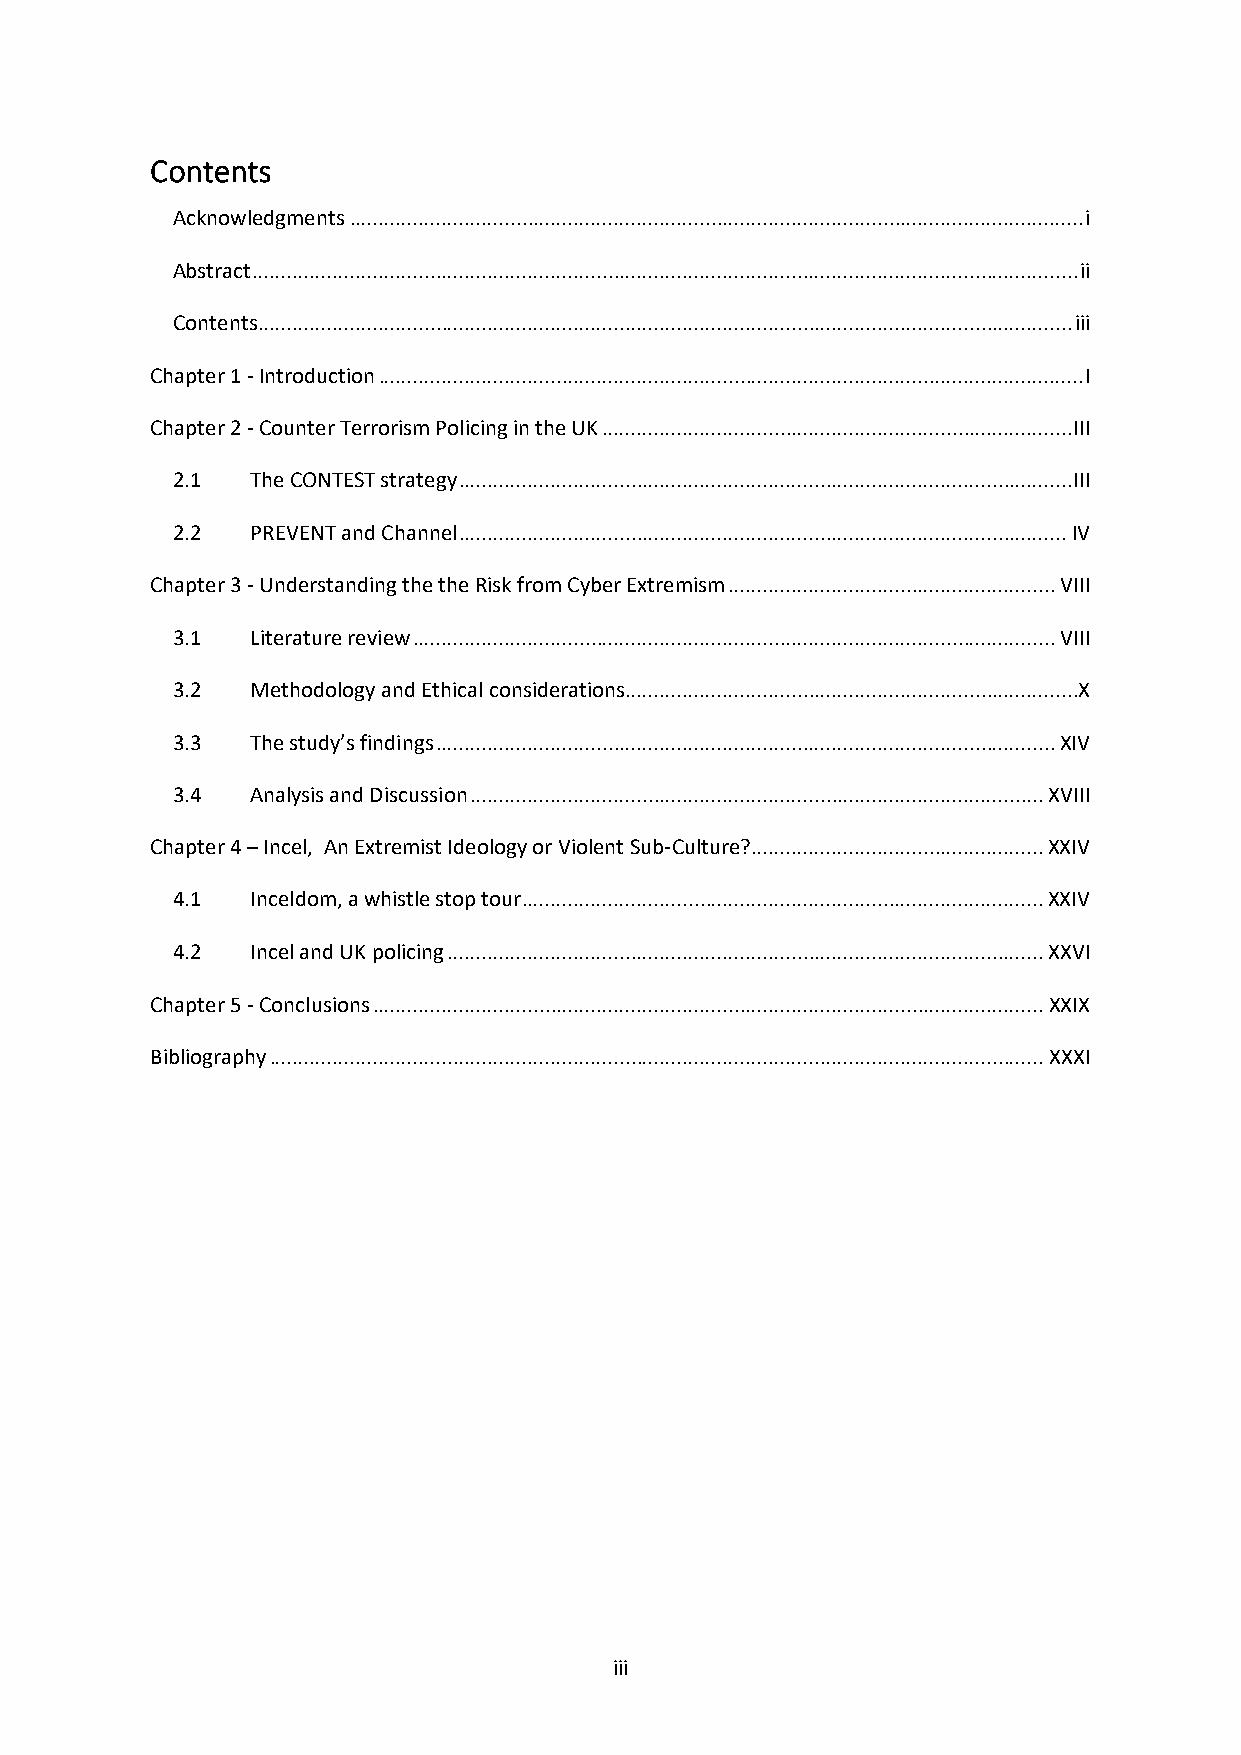
Contents
 Acknowledgments ................................................................................................................................ i
 Abstract ................................................................................................................................................ ii
 Contents .............................................................................................................................................. iii
 Chapter 1 - Introduction ........................................................................................................................... I
 Chapter 2 - Counter Terrorism Policing in the UK .................................................................................. III
 2.1   The CONTEST strategy ........................................................................................................... III
 2.2   PREVENT and Channel .......................................................................................................... IV
 Chapter 3 - Understanding the the Risk from Cyber Extremism ......................................................... VIII
 3.1   Literature review ................................................................................................................ VIII
 3.2   Methodology and Ethical considerations...............................................................................X
 3.3   The study’s findings ............................................................................................................ XIV
 3.4   Analysis and Discussion .................................................................................................... XVIII
 Chapter 4 – Incel, An Extremist Ideology or Violent Sub-Culture? ................................................... XXIV
 4.1   Inceldom, a whistle stop tour........................................................................................... XXIV
 4.2   Incel and UK policing ........................................................................................................ XXVI
 Chapter 5 - Conclusions ..................................................................................................................... XXIX
 Bibliography ....................................................................................................................................... XXXI
 iii